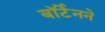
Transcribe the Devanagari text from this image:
बॉर्टेनने